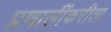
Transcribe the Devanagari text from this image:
प्रणालींकरीता